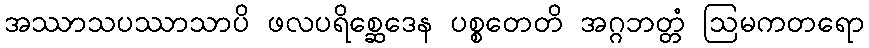
အဿာသပဿာသာပိ ဖလပရိစ္ဆေဒေန ပစ္စတေတိ အဂ္ဂဘတ္တံ ဩမကတရော